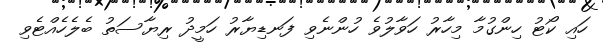
ހައި ކޯޓު ހިންގުމާ މިހާރު ހަވާލުވެ ހުންނެވި ފަނޑިޔާރު ހަމީދު ރިޔާސަތު ބެލެހެއްޓެވި